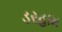
ડરહામ